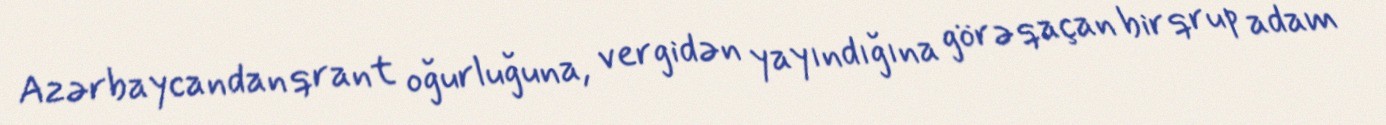
Azərbaycandan qrant oğurluğuna, vergidən yayındığına görə qaçan bir qrup adam